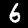
Label: 6